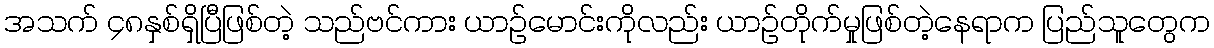
အသက် ၄၈နှစ်ရှိပြီဖြစ်တဲ့ သည်ဗင်ကား ယာဉ်မောင်းကိုလည်း ယာဉ်တိုက်မှုဖြစ်တဲ့နေရာက ပြည်သူတွေက